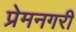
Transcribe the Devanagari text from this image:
प्रेमनगरी